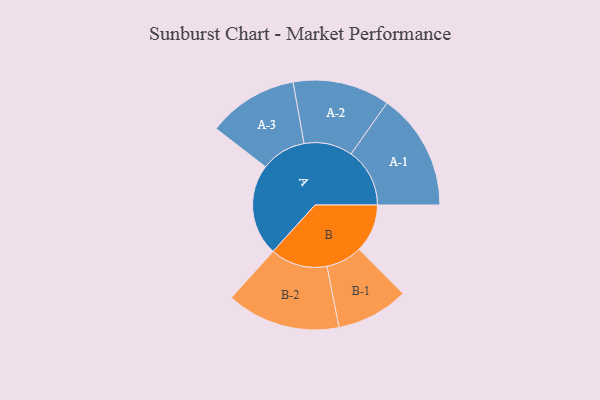
{"axis": {"x": "Segment", "y": "Value"}, "legend": ["", "A", "B"], "data": [{"x": "A", "y": 434, "type": ""}, {"x": "B", "y": 229, "type": ""}, {"x": "A-1", "y": 278, "type": "A"}, {"x": "A-2", "y": 230, "type": "A"}, {"x": "A-3", "y": 214, "type": "A"}, {"x": "B-1", "y": 171, "type": "B"}, {"x": "B-2", "y": 270, "type": "B"}]}